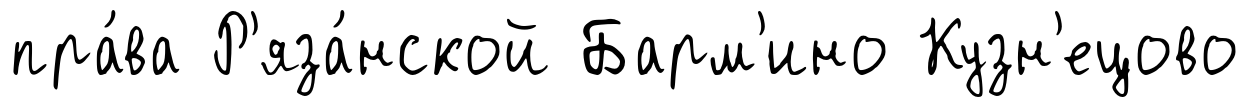
пра́ва Р'яза́нской Барм'ино Кузн'ецово